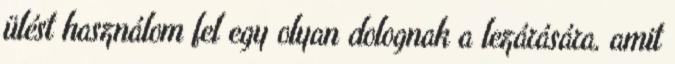
ülést használom fel egy olyan dolognak a lezárására, amit